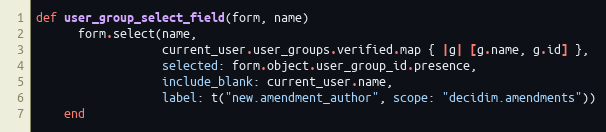
Language: Ruby
def user_group_select_field(form, name)
      form.select(name,
                  current_user.user_groups.verified.map { |g| [g.name, g.id] },
                  selected: form.object.user_group_id.presence,
                  include_blank: current_user.name,
                  label: t("new.amendment_author", scope: "decidim.amendments"))
    end